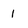
Character: 1